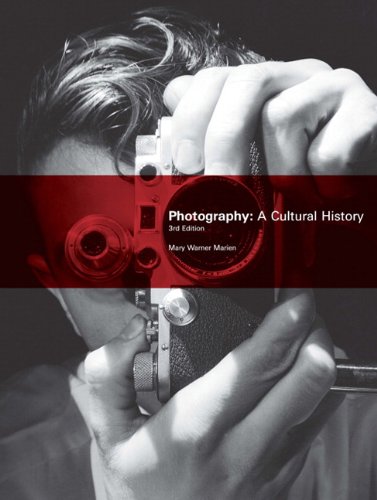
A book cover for Photography: A Cultural History (3rd Edition); Mary Warner Marien; Arts & Photography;